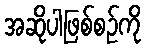
အဆိုပါဖြစ်စဉ်ကို